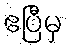
ဧပြီမှ